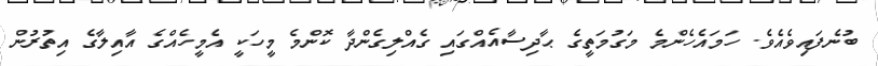
ބުނެފައިވެއެވެ. ހަމައެހެންމެ މަގުމަތީގެ ޙާދިސާއެއްގައި ގެއްލިގެންދާ ކޮންމެ މީހަކީ އެމީހެއްގެ އާއިލާގެ އިތުރުން